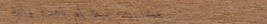
مخبوزات بيت أم أحمد بألذ